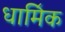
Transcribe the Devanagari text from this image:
धामि॔क